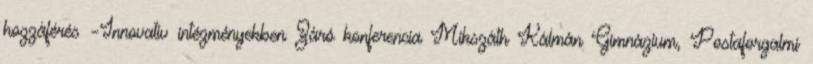
hozzáférés –Innovatív intézményekben Záró konferencia Mikszáth Kálmán Gimnázium, Postaforgalmi